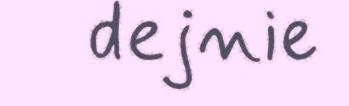
dejnie